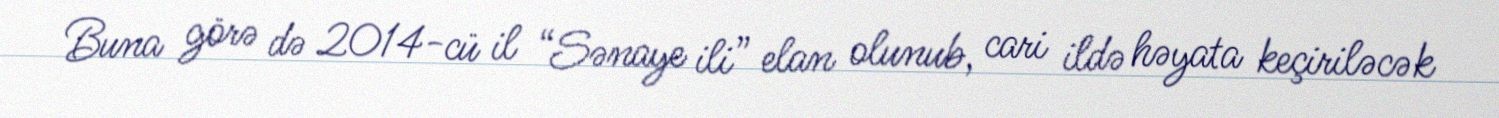
Buna görə də 2014-cü il “Sənaye ili” elan olunub, cari ildə həyata keçiriləcək